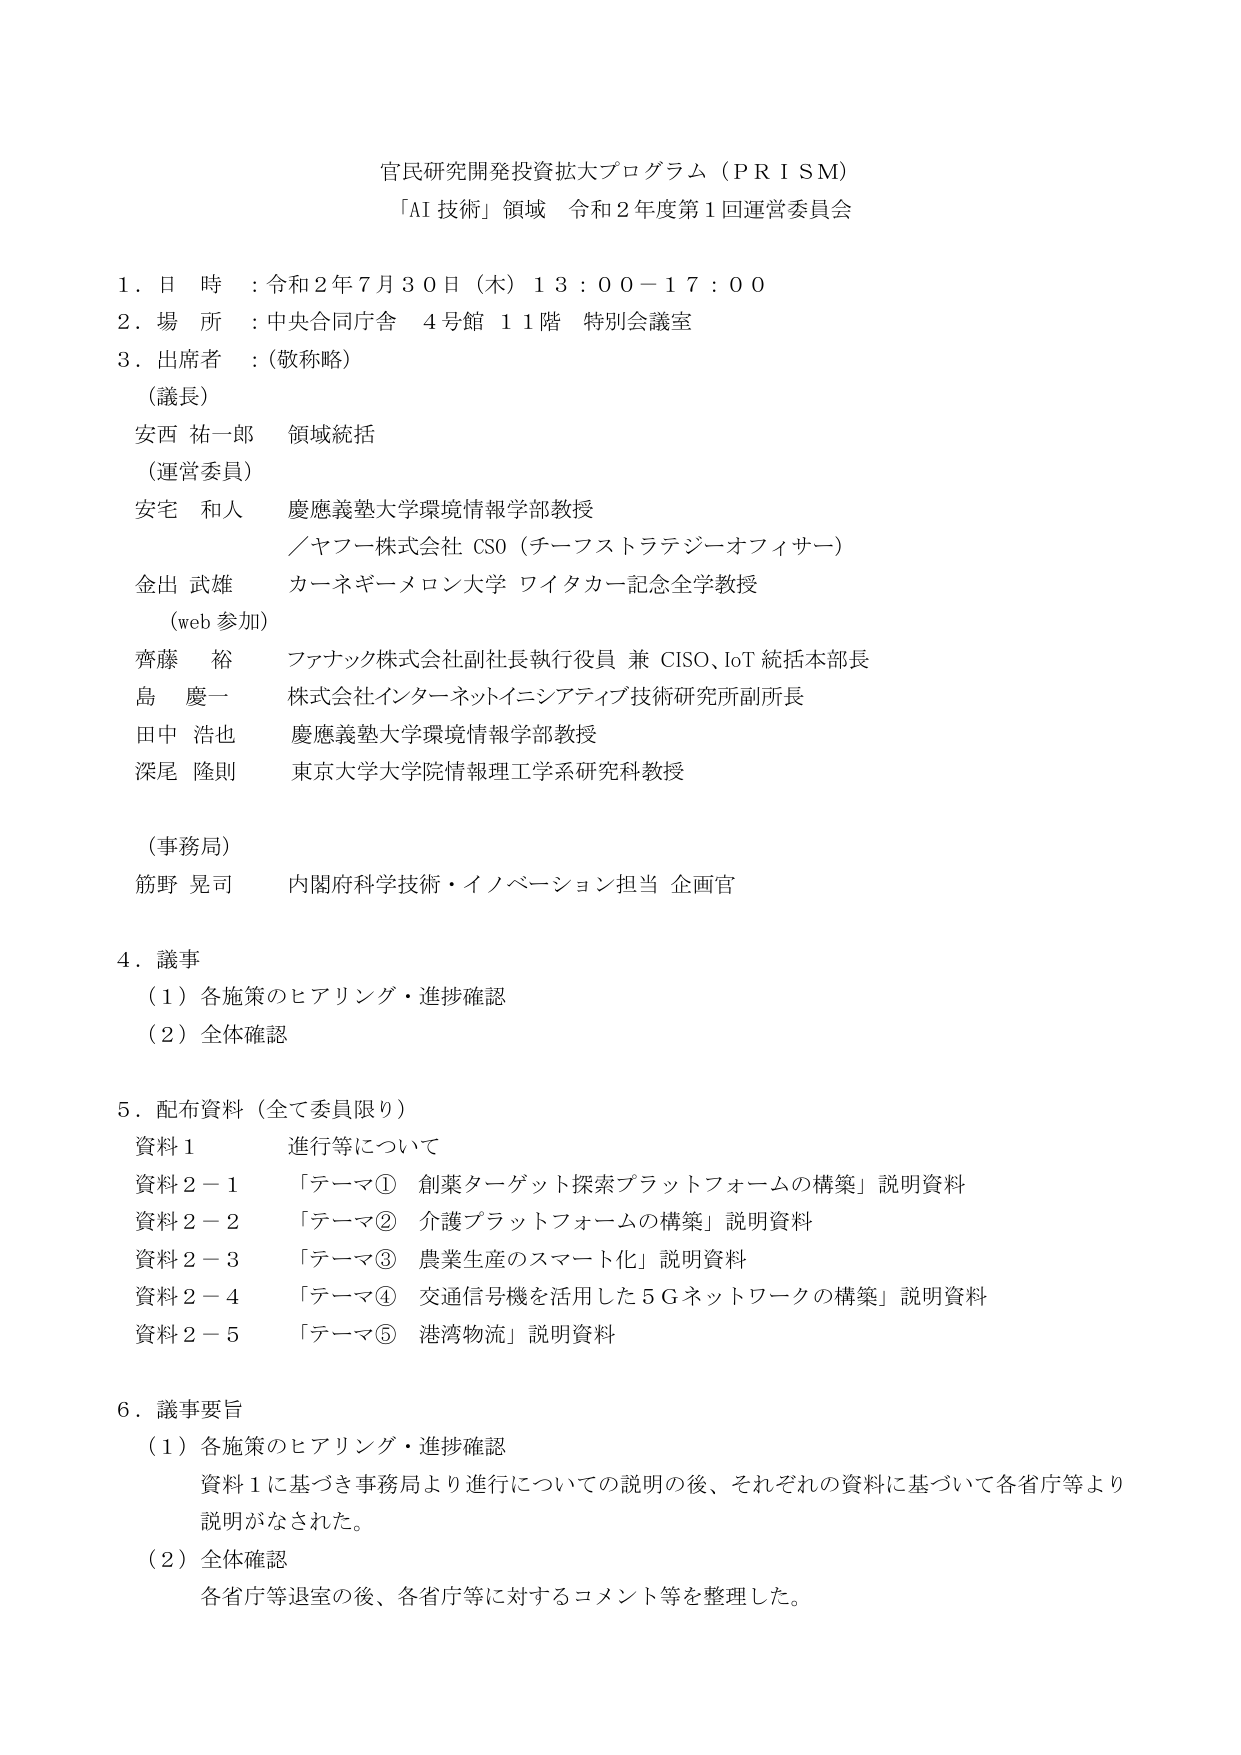
官民研究開発投資拡大プログラム（ＰＲＩＳＭ）
「AI 技術」領域 令和２年度第１回運営委員会

１．日 時 ：令和２年７月３０日（木）１３：００－１７：００
２．場 所 ：中央合同庁舎 ４号館 １１階 特別会議室
３．出席者 ：（敬称略）
　　（議長）
　　　安西 祐一郎 領域統括
　　（運営委員）
　　　安宅 和人 慶應義塾大学環境情報学部教授
　　　　　　　／ヤフー株式会社 CSO（チーフストラテジーオフィサー）
　　　金出 武雄 カーネギーメロン大学 ワイタカー記念全学教授
　　　　（web 参加）
　　　齊藤 裕 ファナック株式会社副社長執行役員 兼 CISO、IoT 統括本部長
　　　島 慶一 株式会社インターネットイニシアティブ技術研究所副所長
　　　田中 浩也 慶應義塾大学環境情報学部教授
　　　深尾 隆則 東京大学大学院情報理工学系研究科教授
　　（事務局）
　　　筋野 晃司 内閣府科学技術・イノベーション担当 企画官

４．議事
　　（１）各施策のヒアリング・進捗確認
　　（２）全体確認

５．配布資料（全て委員限り）
　　資料１ 進行等について
　　資料２－１ 「テーマ① 創業ターゲット探索プラットフォームの構築」説明資料
　　資料２－２ 「テーマ② 介護プラットフォームの構築」説明資料
　　資料２－３ 「テーマ③ 農業生産のスマート化」説明資料
　　資料２－４ 「テーマ④ 交通信号機を活用した５Gネットワークの構築」説明資料
　　資料２－５ 「テーマ⑤ 港湾物流」説明資料

６．議事要旨
　　（１）各施策のヒアリング・進捗確認
　　　　資料１に基づき事務局より進行についての説明の後、それぞれの資料に基づいて各省庁等より
　　　　説明がなされた。
　　（２）全体確認
　　　　各省庁等退室の後、各省庁等に対するコメント等を整理した。